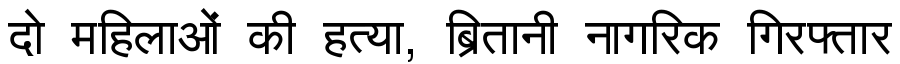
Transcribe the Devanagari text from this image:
दो महिलाओं की हत्या, ब्रितानी नागरिक गिरफ्तार